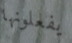
يفعلونها